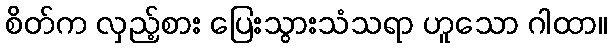
စိတ်က လှည့်စား ပြေးသွားသံသရာ ဟူသော ဂါထာ။